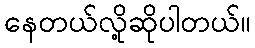
နေတယ်လို့ဆိုပါတယ်။